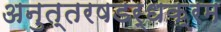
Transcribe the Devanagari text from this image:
अनुत्तरषडर्धक्रम